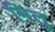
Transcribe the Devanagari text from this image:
मितु